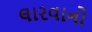
લારવાનો